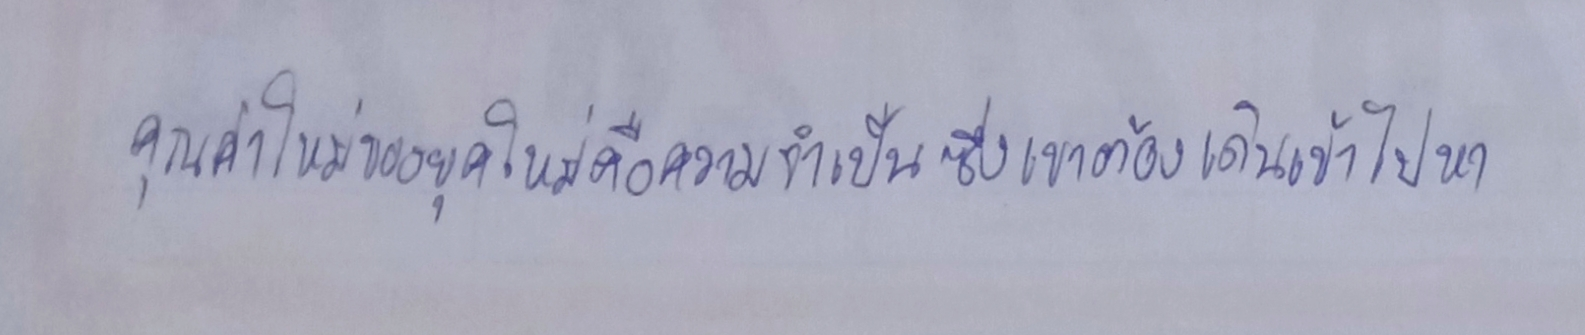
คุณค่าใหม่ของยุคใหม่คือความจำเป็นซึ่งเขาต้องเดินเข้าไปหา